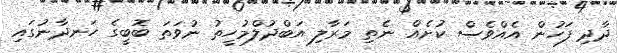
ދާދި ފަހުން އެއްވެސް ކުށެއް ނެތި މަރާލި އަބްދުލްމުހީތު ނުވަތަ ބޮބީގެ ހަނދާނުގައި